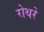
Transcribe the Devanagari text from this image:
रोथरे